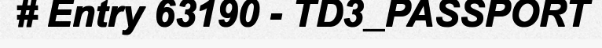
# Entry 63190 - TD3_PASSPORT